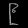
Digit: ၉